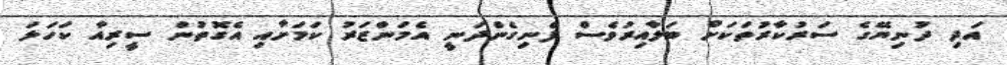
އަދި ދުނިޔޭގެ ސަރުކާރުތަކަށް ބަލާއިރުވެސް ފެނިގެންދަނީ އެމަންޒަރު ކަމަށާއި އެގޮތުން ސީރިއާ ކަހަލަ